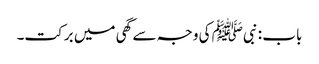
باب : نبیﷺ کی وجہ سے گھی میں برکت۔